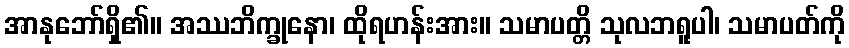
အာနုဘော်ရှိ၏။ အဿဘိက္ခုနော၊ ထိုရဟန်းအား။ သမာပတ္တိ သုလဘရူပါ၊ သမာပတ်ကို